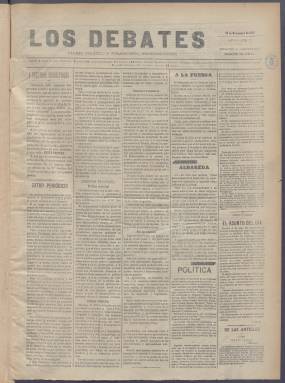
Título: Los Debates (Madrid. 1897)
Colección: Periódicos
Ámbito geográfico: Madrid
Lugar de publicación: Madrid
Fechas: 10/11/1897-01/09/1898